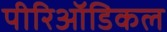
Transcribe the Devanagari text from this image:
पीरिऑडिकल